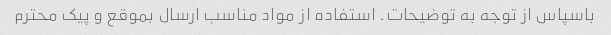
باسپاس از توجه به توضیحات. استفاده از مواد مناسب ارسال بموقع و پیک محترم